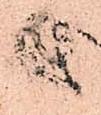
由